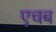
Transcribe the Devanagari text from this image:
एचब